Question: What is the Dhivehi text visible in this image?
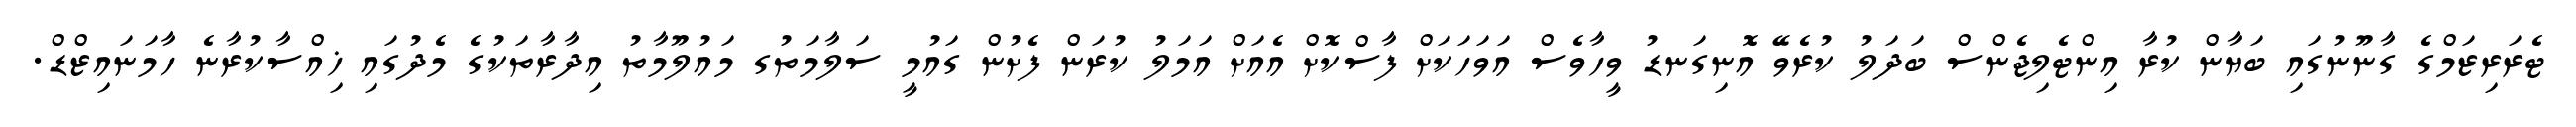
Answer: ޓެރަރިޒަމްގެ ގާނޫނުގައި ބަޔާން ކުރާ އިންޓެލިޖެންސް ބަދަލު ކުރެވޭ އޮނިގަނޑު ވީހާވެސް އަވަހަކަށް ފާސްކޮށް އެއަށް އަމަލު ކުރަން ފެށުން ގައުމީ ސަލާމަތުގ މައުލޫމާތު އިދާރާތަކުގެ މެދުގައި ޚިއްސާކުރާނެ ހާމަނައިޒްޑް.